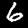
Digit: 6